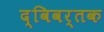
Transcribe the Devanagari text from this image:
द्विवर्तक